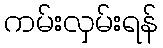
ကမ်းလှမ်းရန်